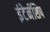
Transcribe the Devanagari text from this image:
इंटेर्नशिप